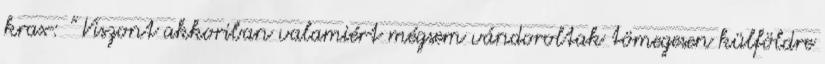
krax: " Viszont akkoriban valamiért mégsem vándoroltak tömegesen külföldre